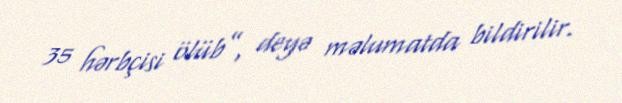
35 hərbçisi ölüb”, deyə məlumatda bildirilir.